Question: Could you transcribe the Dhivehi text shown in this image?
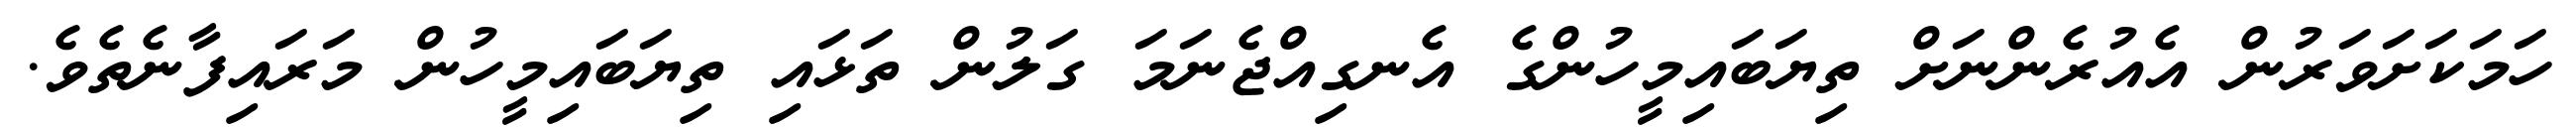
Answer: ހަމަކަށަވަރުން އެއުރެންނަށް ތިޔަބައިމީހުންގެ އެނގިއްޖެނަމަ ގަލުން ތަޅައި ތިޔަބައިމީހުން މަރައިފާނެތެވެ.